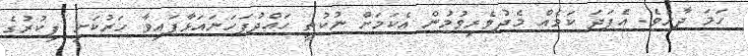
ހަމަ ދާށެވެ. އެފަދަ ކަމެއް މެދުވެރިވުމުން އެކަމަށް ނުކުތީ ހައްދުފަހަނައަޅާފައިވާ ހަރުކަށި ފިކުރުގެ